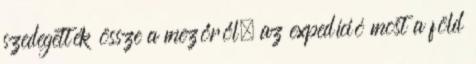
szedegették össze a mezőről, az expedíció most a föld